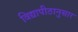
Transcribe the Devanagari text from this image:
विद्यापीठानुसार